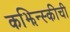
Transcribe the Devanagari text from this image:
कझिन्स्कीची